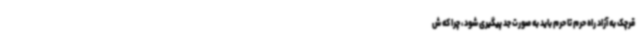
قرچک به آزاد راه حرم تا حرم باید به صورت جد پیگیری شود ، چرا که ش